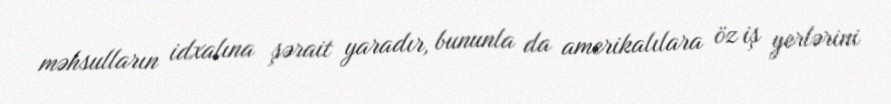
məhsulların idxalına şərait yaradır, bununla da amerikalılara öz iş yerlərini